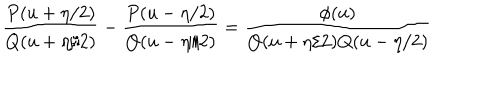
LaTeX: \frac { P ( u + \eta / 2 ) } { Q ( u + \eta / 2 ) } - \frac { P ( u - \eta / 2 ) } { Q ( u - \eta / 2 ) } = \frac { \phi ( u ) } { Q ( u + \eta / 2 ) Q ( u - \eta / 2 ) }